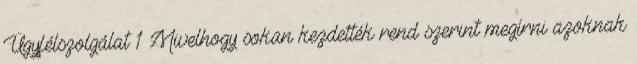
Ügyfélszolgálat 1 Mivelhogy sokan kezdették rend szerint megírni azoknak